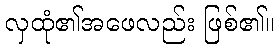
လှထုံ၏အဖေလည်း ဖြစ်၏။